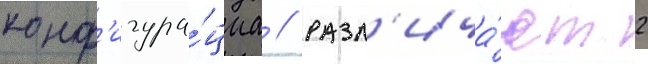
конф'игура́циа // Разл'ича́ют 2